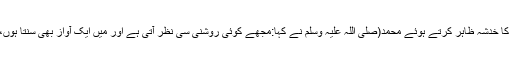
چنانچہ نبوت ملنے سے پہلے خدیجہ سے اس بات کا خدشہ ظاہر کرتے ہوئے محمد(صلی اللہ علیہ وسلم نے کہا:مجھے کوئی روشنی سی نظر آتی ہے اور میں ایک آواز بھی سنتا ہوں، مجھے خیال گزرتا ہے کہ کہیں یہ جنون تو نہیں۔